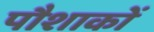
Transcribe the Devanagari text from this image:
पौशाकों